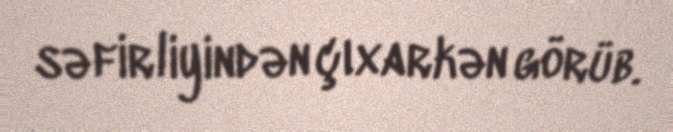
səfirliyindən çıxarkən görüb.